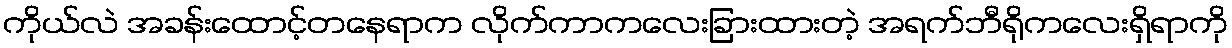
ကိုယ်လဲ အခန်းထောင့်တနေရာက လိုက်ကာကလေးခြားထားတဲ့ အရက်ဘီရိုကလေးရှိရာကို